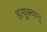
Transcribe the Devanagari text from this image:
इत्युक्वान्